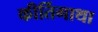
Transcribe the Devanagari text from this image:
कीर्तिगाथा